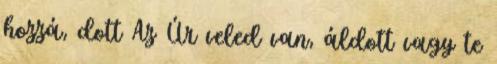
hozzá, dott Az Úr veled van, áldott vagy te